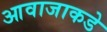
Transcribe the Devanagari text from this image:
आवाजाकडे